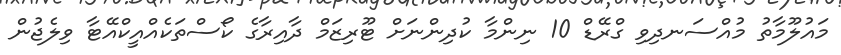
މައުލޫމާތު މުއްސަނދިވި ގްރޭޑް 10 ނިންމާ ކުދިންނަށް ޓޫރިޒަމް ދާއިރާގެ ކޯސްތަކެއްއީކްއޭޓާ ވިލެޖުން